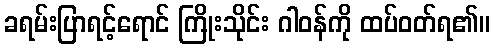
ခရမ်းပြာရင့်ရောင် ကြိုးသိုင်း ဂါဝန်ကို ထပ်ဝတ်ရ၏။